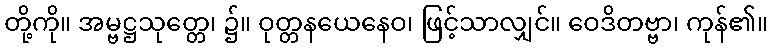
တို့ကို။ အမ္ဗဋ္ဌသုတ္တေ၊ ၌။ ဝုတ္တနယေနေဝ၊ ဖြင့်သာလျှင်။ ဝေဒိတဗ္ဗာ၊ ကုန်၏။